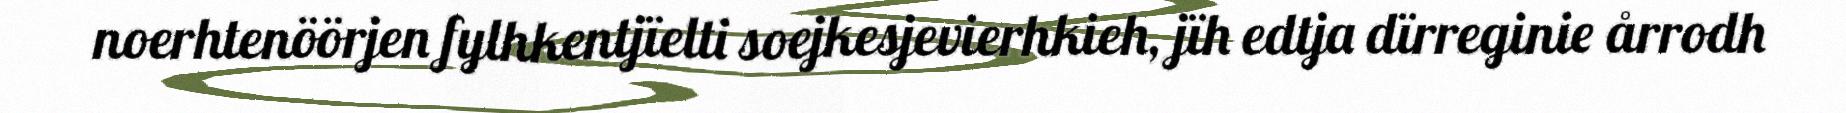
noerhtenöörjen fylhkentjïelti soejkesjevierhkieh, jïh edtja dïrreginie årrodh